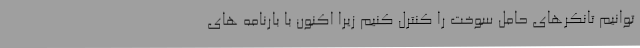
توانیم تانکرهای حامل سوخت را کنترل کنیم زیرا اکنون با بارنامه های